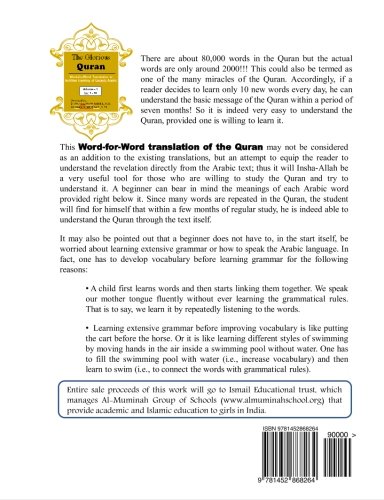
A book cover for The Glorious Quran Word-for-Word Translation to facilitate learning of Quranic Arabic: Volume 1    Juz 1-10 (English and Arabic Edition); Dr Shehnaz Shaikh M.D.; Religion & Spirituality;